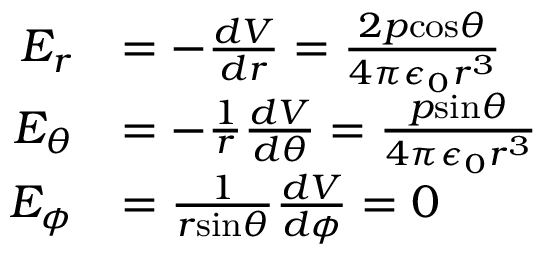
\begin{array} { r l } { E _ { r } } & { = - \frac { d V } { d r } = \frac { 2 p \mathrm { c o s } \theta } { 4 \pi \epsilon _ { 0 } r ^ { 3 } } } \\ { E _ { \theta } } & { = - \frac { 1 } { r } \frac { d V } { d \theta } = \frac { p \mathrm { s i n } \theta } { 4 \pi \epsilon _ { 0 } r ^ { 3 } } } \\ { E _ { \phi } } & { = \frac { 1 } { r \mathrm { s i n } \theta } \frac { d V } { d \phi } = 0 } \end{array}